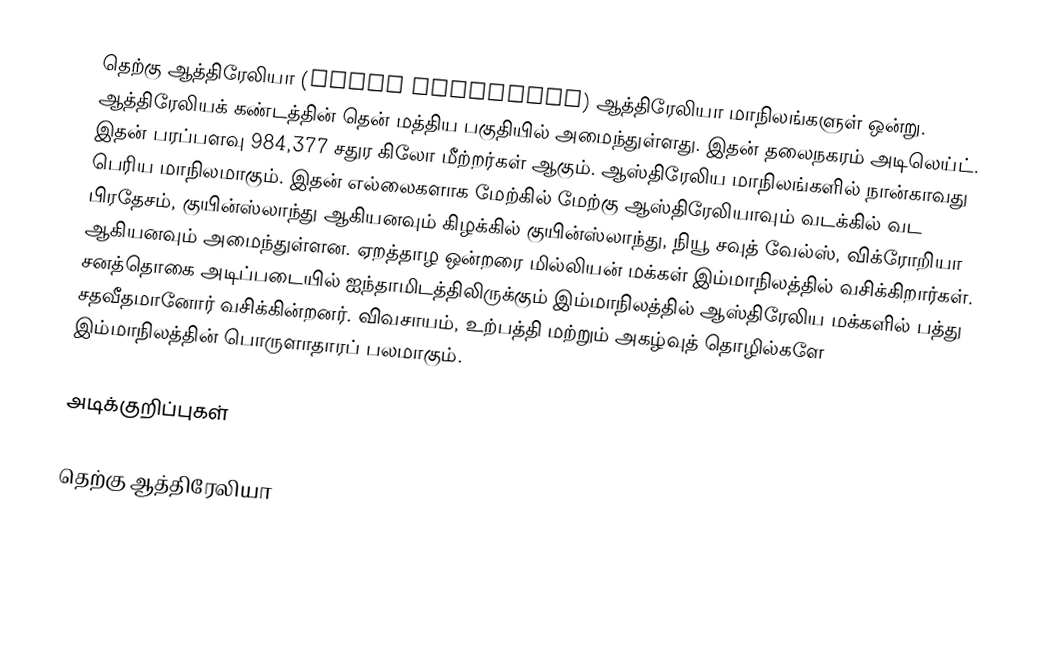
தெற்கு ஆத்திரேலியா (South Australia) ஆத்திரேலியா மாநிலங்களுள் ஒன்று. ஆத்திரேலியக் கண்டத்தின் தென் மத்திய பகுதியில் அமைந்துள்ளது. இதன் தலைநகரம் அடிலெய்ட். இதன் பரப்பளவு 984,377 சதுர கிலோ மீற்றர்கள் ஆகும். ஆஸ்திரேலிய மாநிலங்களில் நான்காவது பெரிய மாநிலமாகும். இதன் எல்லைகளாக மேற்கில் மேற்கு ஆஸ்திரேலியாவும் வடக்கில் வட பிரதேசம், குயின்ஸ்லாந்து ஆகியனவும் கிழக்கில் குயின்ஸ்லாந்து, நியூ சவுத் வேல்ஸ், விக்ரோறியா ஆகியனவும் அமைந்துள்ளன. ஏறத்தாழ ஒன்றரை மில்லியன் மக்கள் இம்மாநிலத்தில் வசிக்கிறார்கள். சனத்தொகை அடிப்படையில் ஐந்தாமிடத்திலிருக்கும் இம்மாநிலத்தில் ஆஸ்திரேலிய மக்களில் பத்து சதவீதமானோர் வசிக்கின்றனர். விவசாயம், உற்பத்தி மற்றும் அகழ்வுத் தொழில்களே இம்மாநிலத்தின் பொருளாதாரப் பலமாகும்.

அடிக்குறிப்புகள்

தெற்கு ஆத்திரேலியா